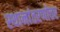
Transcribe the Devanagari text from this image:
स्थानांतरणोत्तर